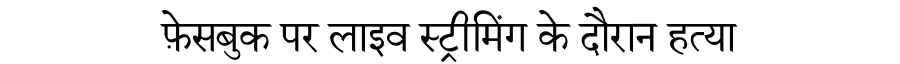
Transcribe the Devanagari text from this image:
फ़ेसबुक पर लाइव स्ट्रीमिंग के दौरान हत्या